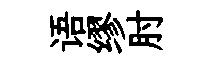
语缪肘